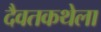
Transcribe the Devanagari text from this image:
दैवतकथेला